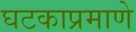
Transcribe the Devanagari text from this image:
घटकाप्रमाणे